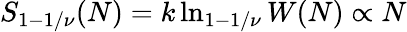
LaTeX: S_{1-1/\nu}(N)=k\ln_{1-1/\nu}W(N)\propto N